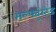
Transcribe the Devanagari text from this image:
सल्फ्युरेटेड